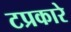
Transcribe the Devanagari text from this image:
टप्रकारे